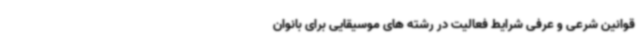
قوانین شرعی و عرفی شرایط فعالیت در رشته های موسیقایی برای بانوان